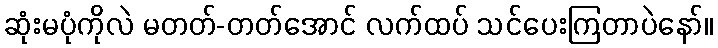
ဆုံးမပုံကိုလဲ မတတ်-တတ်အောင် လက်ထပ် သင်ပေးကြတာပဲနော်။